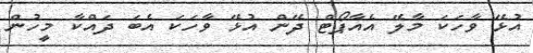
އުޅޭ ވާހަކަ މާލޭ އެއާޕޯޓް ދޭން އުޅޭ ވާހަކަ އެބަ ދައްކާ މީހުން